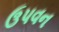
ઉપવન